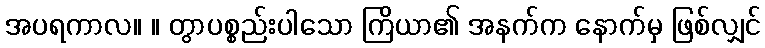
အပရကာလ။ ။ တွာပစ္စည်းပါသော ကြိယာ၏ အနက်က နောက်မှ ဖြစ်လျှင်